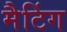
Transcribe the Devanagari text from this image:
मैटिंग